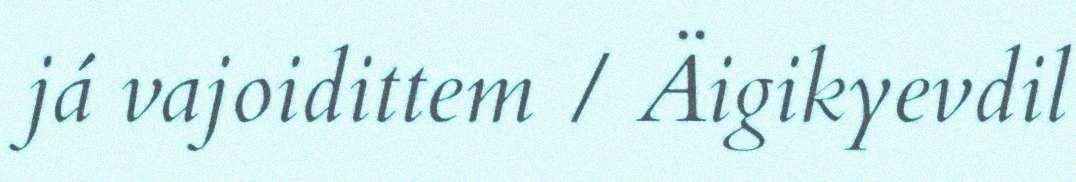
já vajoidittem / Äigikyevdil